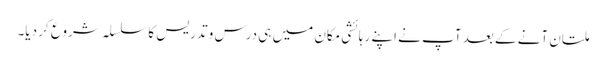
ملتان آنے کے بعد آپ نے اپنے رہائشی مکان میں ہی درس و تدریس کا سلسلہ شروع کر دیا۔